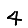
Digit: 4